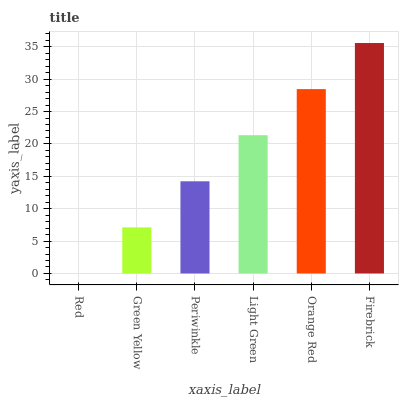
| xaxis_label | bars |
 | --- | --- |
 | Red | 0 |
 | Green Yellow | 7.12 |
 | Periwinkle | 14.2 |
 | Light Green | 21.3 |
 | Orange Red | 28.5 |
 | Firebrick | 35.6 |